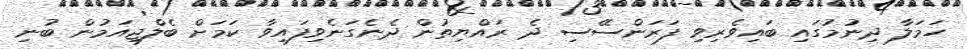
ހަމަލާ ދިނުމުގައި ބައިވެރިވި ފަރަންސޭސި ދެ ރައްޔިތުން ދެނެގަނެވިފައިވާ ކަމަށް ބެލްޖިއަމުން ބުނި